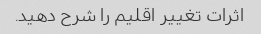
اثرات تغییر اقلیم را شرح دهید.